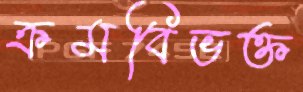
ক্রমবিভক্ত